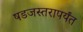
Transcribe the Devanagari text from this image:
षडजस्तरापर्यंत